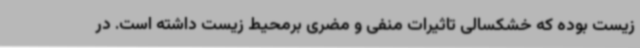
زیست بوده که خشکسالی تاثیرات منفی و مضری برمحیط زیست داشته است. در